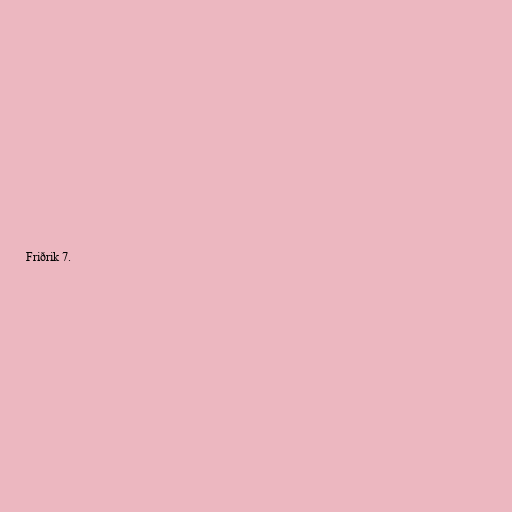
Friðrik 7.